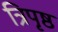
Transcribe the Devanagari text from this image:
त्रिपृष्ठ